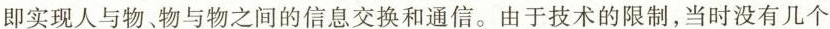
即实现人与物、物与物之间的信息交换和通信。由于技术的限制，当时没有几个